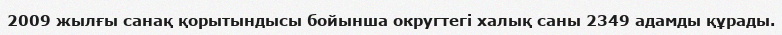
2009 жылғы санақ қорытындысы бойынша округтегі халық саны 2349 адамды құрады.